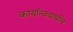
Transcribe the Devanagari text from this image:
कार्यान्वयाधीन